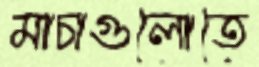
মাচাগুলোতে